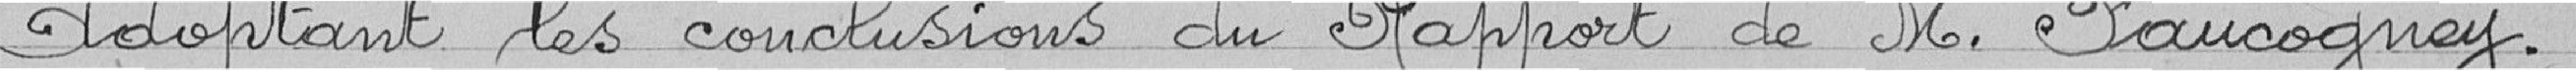
Adoptant les conclusions du Rapport de Monsieur Faucogney.